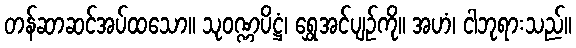
တန်ဆာဆင်အပ်ထသော။ သုဝဏ္ဏပိဋ္ဌံ၊ ရွှေအင်ပျဉ်ကို။ အဟံ၊ ငါဘုရားသည်။